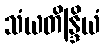
သံယတိန္ဒြိယံ